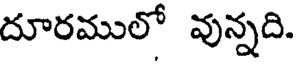
దూరములో వున్నది.